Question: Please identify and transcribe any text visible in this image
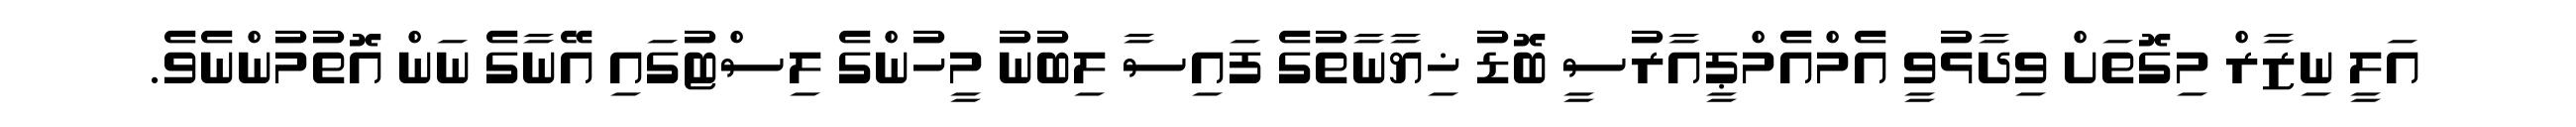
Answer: އަލީ ނިޒާރް މިގޮތަށް ވިދާޅުވީ އެމްއެމްޕީއާރުސީ ބޮޑު ޚިޔާނާތުގެ ފައިސާ ލިބުނު މީހުންގެ ލިސްޓުގައި އޭނާގެ ނަން އޮތުމުންނެވެ.